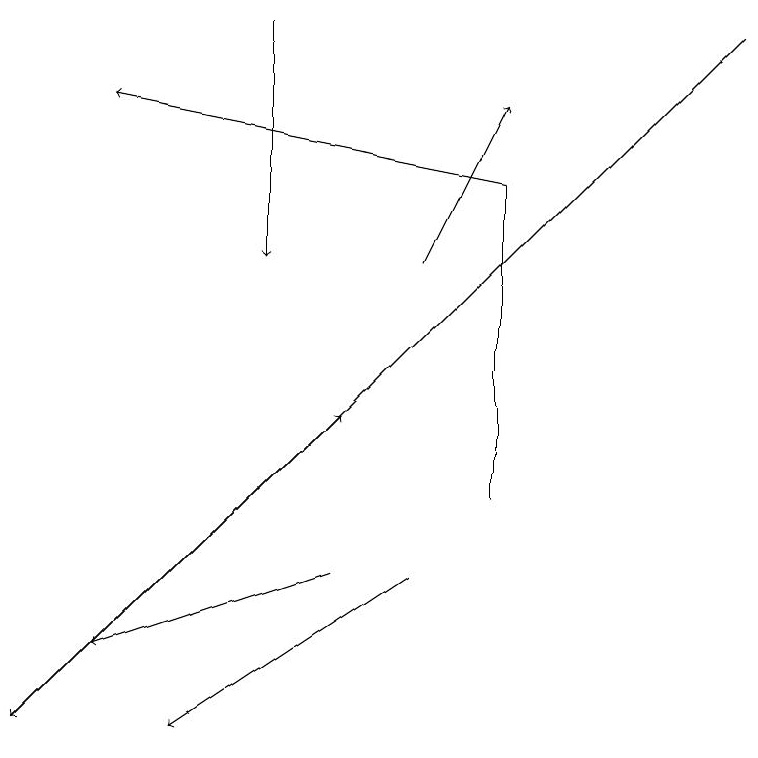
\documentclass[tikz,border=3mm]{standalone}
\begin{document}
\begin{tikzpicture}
\draw (6,17) rectangle (6,13);
\draw[->] (9,19) -- (0,10);
\draw[->] (6,17) -- (1,18);
\draw[->] (4,12) -- (1,11);
\draw[->] (3,19) -- (3,16);
\draw[->] (5,12) -- (2,10);
\draw[->] (0,10) -- (4,14);
\draw[->] (5,16) -- (6,18);
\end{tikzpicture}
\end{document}